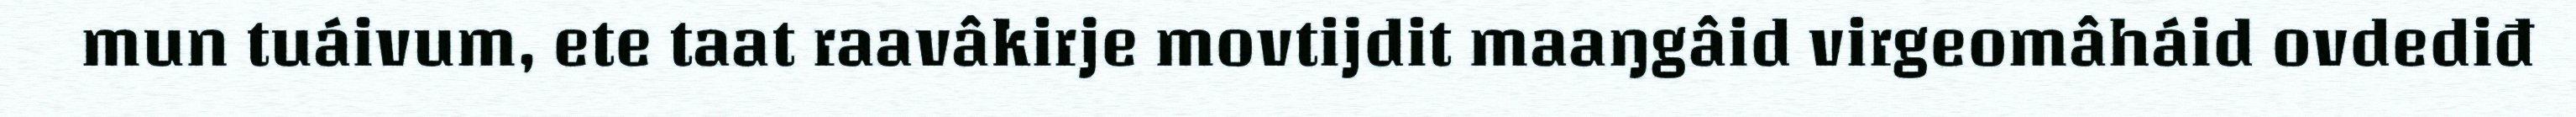
mun tuáivum, ete taat raavâkirje movtijdit maaŋgâid virgeomâháid ovdediđ